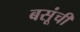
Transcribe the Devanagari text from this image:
बसूंची